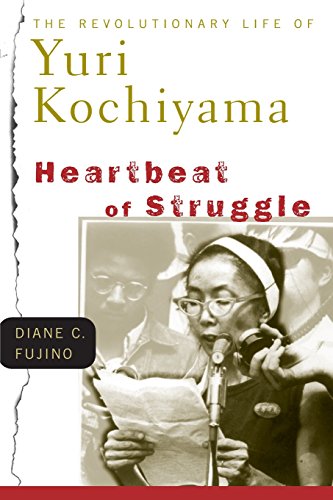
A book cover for Heartbeat of Struggle: The Revolutionary Life of Yuri Kochiyama (Critical American Studies); Diane C. Fujino; Biographies & Memoirs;